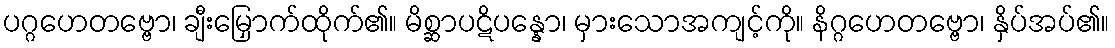
ပဂ္ဂဟေတဗ္ဗော၊ ချီးမြှောက်ထိုက်၏။ မိစ္ဆာပဋိပန္နော၊ မှားသောအကျင့်ကို။ နိဂ္ဂဟေတဗ္ဗော၊ နှိပ်အပ်၏။